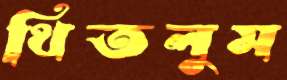
থিতলুম